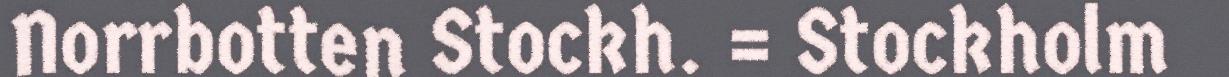
Norrbotten Stockh. = Stockholm